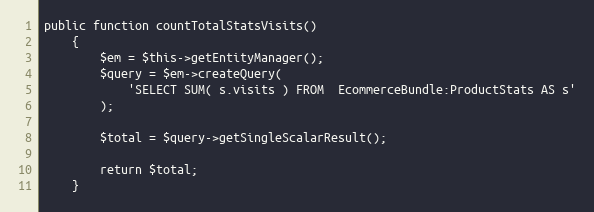
Language: PHP
public function countTotalStatsVisits()
    {
        $em = $this->getEntityManager();
        $query = $em->createQuery(
            'SELECT SUM( s.visits ) FROM  EcommerceBundle:ProductStats AS s'
        );

        $total = $query->getSingleScalarResult();

        return $total;
    }